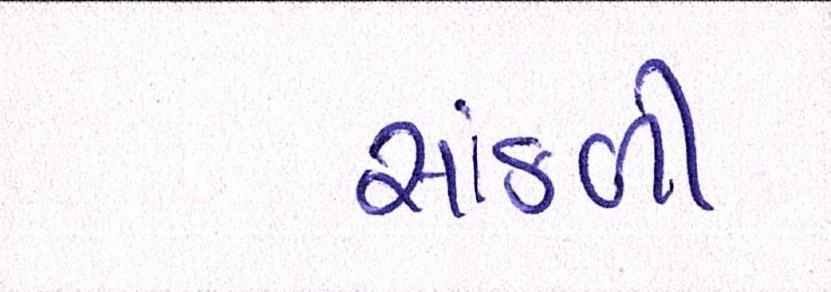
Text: સાંકળી